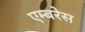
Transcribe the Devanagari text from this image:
एम्बरेस